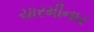
ચારમીનાર